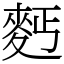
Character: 麫